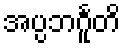
အပ္ပဘင်္ဂူတိ